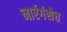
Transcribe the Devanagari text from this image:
नार्रगंसेत्त